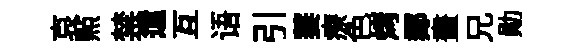
哀㸃禁遣互语引萋療色烤鄰畫兄勛